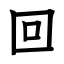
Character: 回